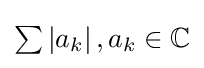
{\textstyle \sum \left|a_{k}\right|,a_{k}\in \mathbb {C} }